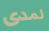
لمدى